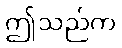
ဤသည်က